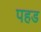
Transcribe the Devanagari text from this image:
पहड